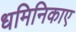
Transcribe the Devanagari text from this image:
धमिनिकाए